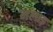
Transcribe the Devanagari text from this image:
मलाड़